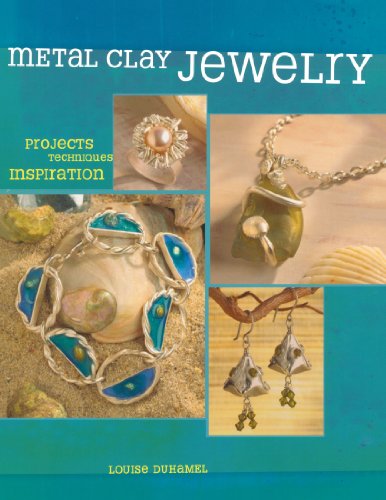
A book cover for Metal Clay Jewelry: Projects. Techniques. Inspirations.; Louise Duhamel; Arts & Photography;